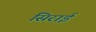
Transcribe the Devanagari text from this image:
सिराई